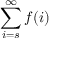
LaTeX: \sum _ { i = s } ^ { \infty } f ( i )